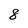
Character: 8